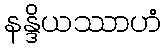
နန္ဒိယဿာဟံ